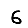
Digit: 6